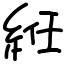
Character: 絍